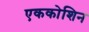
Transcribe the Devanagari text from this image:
एककोशिन